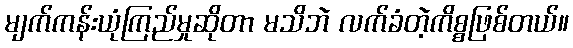
မျက်ကန်းယုံကြည်မှုဆိုတာ မသိဘဲ လက်ခံတဲ့ကိစ္စဖြစ်တယ်။